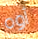
أوه